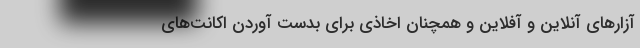
آزارهای آنلاین و آفلاین و همچنان اخاذی برای بدست آوردن اکانت‌های